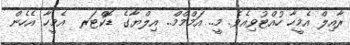
ރާއިލް އެމީހާ ހުއްޓުވިއެވެ. މީ.. އަމްމްމް.. އިލްޔާގެ ޑޮކްޓަރ  އެމީހާ އެހެން